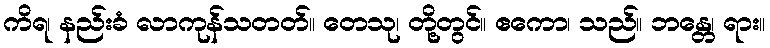
ကိရ၊ နည်းခံ လာကုန်သတတ်။ တေသု၊ တို့တွင်။ ဧကော၊ သည်။ ဘန္တေ၊ ရား။